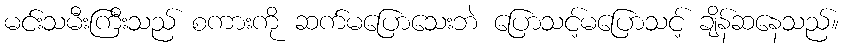
မင်းသမီးကြီးသည် စကားကို ဆက်မပြောသေးဘဲ ပြောသင့်မပြောသင့် ချိန်ဆနေသည်။